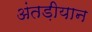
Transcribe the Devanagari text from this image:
अंतड़ीयान